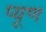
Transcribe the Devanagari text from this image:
प्यूण